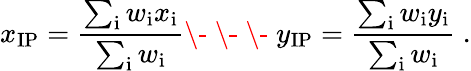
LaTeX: x_{\mathrm{{IP}}}=\frac{\sum_{\mathrm{{i}}}w_{\mathrm{{i}}}x_{\mathrm{{i}}}}{\sum_{\mathrm{{i}}}w_{\mathrm{{i}}}}\- \ \- \ \- \ y_{\mathrm{{IP}}}=\frac{\sum_{\mathrm{{i}}}w_{\mathrm{{i}}}y_{\mathrm{{i}}}}{\sum_{\mathrm{{i}}}w_{\mathrm{{i}}}}~.